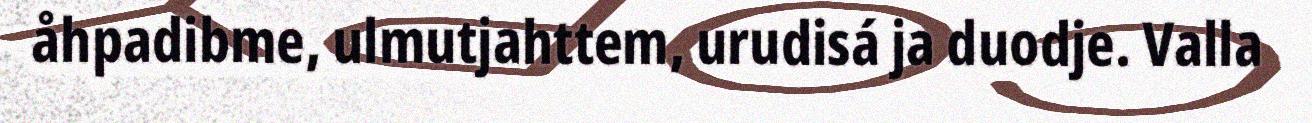
åhpadibme, ulmutjahttem, urudisá ja duodje. Valla